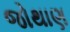
જોથાણ